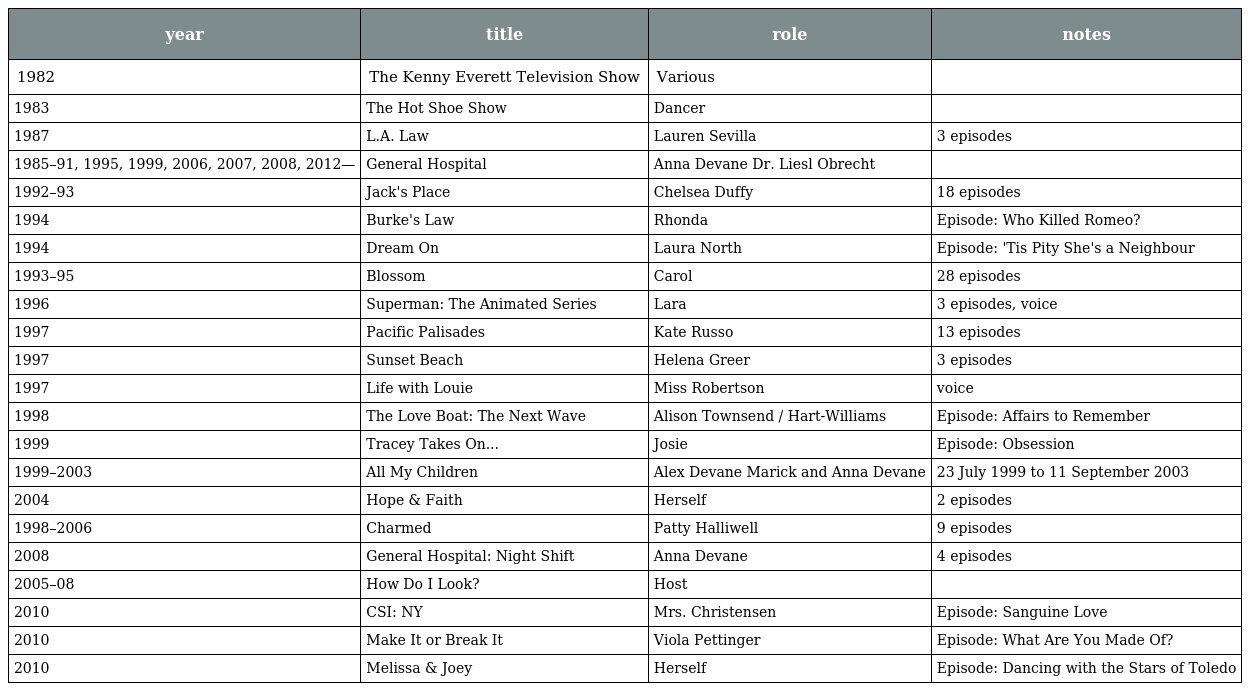
| year | title | role | notes |
 | --- | --- | --- | --- |
 | 1982 | The Kenny Everett Television Show | Various |  |
 | 1983 | The Hot Shoe Show | Dancer |  |
 | 1987 | L.A. Law | Lauren Sevilla | 3 episodes |
 | 1985–91, 1995, 1999, 2006, 2007, 2008, 2012— | General Hospital | Anna Devane Dr. Liesl Obrecht |  |
 | 1992–93 | Jack's Place | Chelsea Duffy | 18 episodes |
 | 1994 | Burke's Law | Rhonda | Episode: Who Killed Romeo? |
 | 1994 | Dream On | Laura North | Episode: 'Tis Pity She's a Neighbour |
 | 1993–95 | Blossom | Carol | 28 episodes |
 | 1996 | Superman: The Animated Series | Lara | 3 episodes, voice |
 | 1997 | Pacific Palisades | Kate Russo | 13 episodes |
 | 1997 | Sunset Beach | Helena Greer | 3 episodes |
 | 1997 | Life with Louie | Miss Robertson | voice |
 | 1998 | The Love Boat: The Next Wave | Alison Townsend / Hart-Williams | Episode: Affairs to Remember |
 | 1999 | Tracey Takes On... | Josie | Episode: Obsession |
 | 1999–2003 | All My Children | Alex Devane Marick and Anna Devane | 23 July 1999 to 11 September 2003 |
 | 2004 | Hope & Faith | Herself | 2 episodes |
 | 1998–2006 | Charmed | Patty Halliwell | 9 episodes |
 | 2008 | General Hospital: Night Shift | Anna Devane | 4 episodes |
 | 2005–08 | How Do I Look? | Host |  |
 | 2010 | CSI: NY | Mrs. Christensen | Episode: Sanguine Love |
 | 2010 | Make It or Break It | Viola Pettinger | Episode: What Are You Made Of? |
 | 2010 | Melissa & Joey | Herself | Episode: Dancing with the Stars of Toledo |